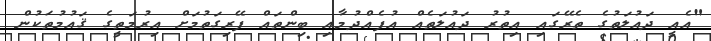
"އެއީ ދައުލަތުގެ ތެރޭގައި އިތުރު ދައުލަތެއް އުފެއްދުމާއި ބިންތައް ފޭރިގަތުމަށް އިރުމަތީގެ ޤައުމުތަކުން